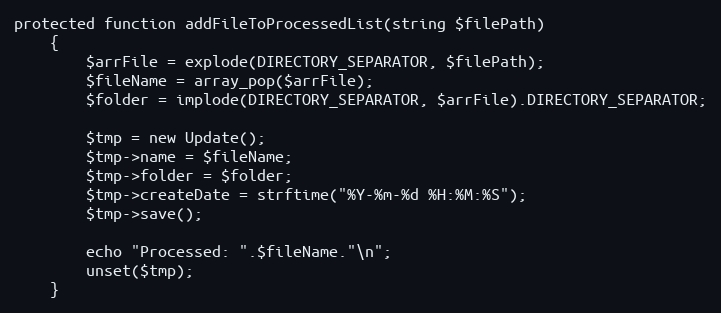
Language: PHP
protected function addFileToProcessedList(string $filePath)
    {
        $arrFile = explode(DIRECTORY_SEPARATOR, $filePath);
        $fileName = array_pop($arrFile);
        $folder = implode(DIRECTORY_SEPARATOR, $arrFile).DIRECTORY_SEPARATOR;

        $tmp = new Update();
        $tmp->name = $fileName;
        $tmp->folder = $folder;
        $tmp->createDate = strftime("%Y-%m-%d %H:%M:%S");
        $tmp->save();

        echo "Processed: ".$fileName."\n";
        unset($tmp);
    }